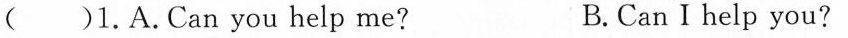
( )1.A.Can you help me? B.Can I help you?